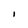
Character: I